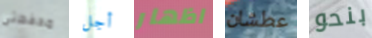
محفظتى أجل اظهار عطشان بنحو